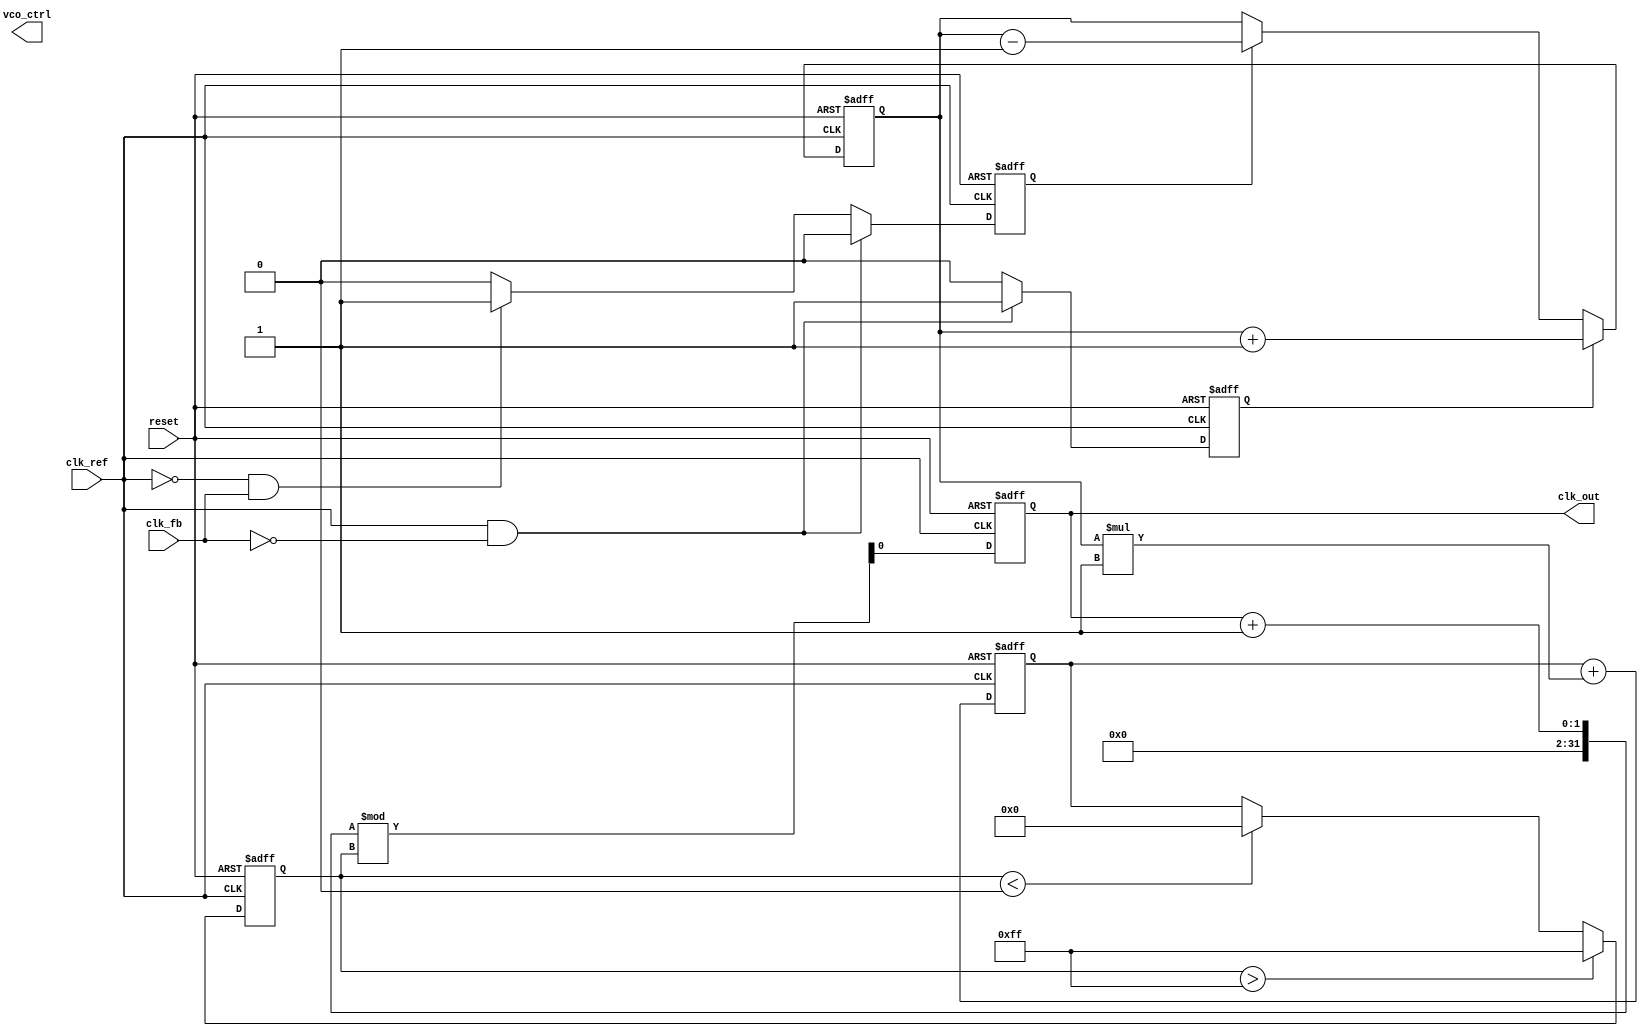
module cp_pll (
    input wire clk_ref,         // Reference clock input
    input wire clk_fb,          // Feedback clock input
    input wire reset,           // Asynchronous reset
    output reg clk_out,         // Output clock from VCO
    output reg [7:0] vco_ctrl   // Control voltage for VCO (for simulation purposes)
);

// Parameters
parameter VCO_MAX_FREQ = 255; // Max frequency for VCO
parameter VCO_MIN_FREQ = 0;   // Min frequency for VCO
parameter LOOP_FILTER_GAIN = 1; // Gain for loop filter

// Internal signals
reg up, down;
reg [7:0] charge_pump_output;
reg [7:0] loop_filter_output;
reg [7:0] vco_freq;

// Phase Frequency Detector (PFD)
always @(posedge clk_ref or posedge reset) begin
    if (reset) begin
        up <= 0;
        down <= 0;
    end else begin
        if (clk_ref && !clk_fb) begin
            up <= 1; // Reference clock is leading
            down <= 0;
        end else if (!clk_ref && clk_fb) begin
            up <= 0;
            down <= 1; // Feedback clock is leading
        end else begin
            up <= 0;
            down <= 0; // No phase difference
        end
    end
end

// Charge Pump
always @(posedge clk_ref or posedge reset) begin
    if (reset) begin
        charge_pump_output <= 0;
    end else begin
        if (up) begin
            charge_pump_output <= charge_pump_output + 1; // Source current
        end else if (down) begin
            charge_pump_output <= charge_pump_output - 1; // Sink current
        end
    end
end

// Loop Filter
always @(posedge clk_ref or posedge reset) begin
    if (reset) begin
        loop_filter_output <= 0;
    end else begin
        loop_filter_output <= loop_filter_output + (charge_pump_output * LOOP_FILTER_GAIN);
    end
end

// Voltage-Controlled Oscillator (VCO)
always @(posedge clk_ref or posedge reset) begin
    if (reset) begin
        vco_freq <= VCO_MIN_FREQ;
        clk_out <= 0;
    end else begin
        // Adjust VCO frequency based on loop filter output
        vco_freq <= loop_filter_output;
        if (vco_freq > VCO_MAX_FREQ) begin
            vco_freq <= VCO_MAX_FREQ; // Limit max frequency
        end else if (vco_freq < VCO_MIN_FREQ) begin
            vco_freq <= VCO_MIN_FREQ; // Limit min frequency
        end
        
        // Generate output clock based on VCO frequency
        clk_out <= (clk_out + 1) % vco_freq; // Simple frequency divider for output
    end
end

endmodule